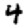
Digit: 4